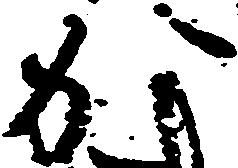
か